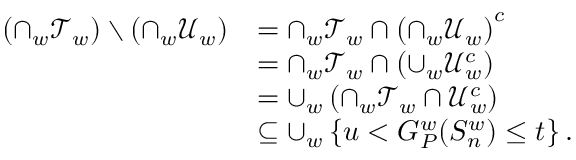
\begin{array} { r l } { \left( \cap _ { w } \mathcal { T } _ { w } \right) \setminus \left( \cap _ { w } \mathcal { U } _ { w } \right) } & { = \cap _ { w } \mathcal { T } _ { w } \cap \left( \cap _ { w } \mathcal { U } _ { w } \right) ^ { c } } \\ & { = \cap _ { w } \mathcal { T } _ { w } \cap \left( \cup _ { w } \mathcal { U } _ { w } ^ { c } \right) } \\ & { = \cup _ { w } \left( \cap _ { w } \mathcal { T } _ { w } \cap \mathcal { U } _ { w } ^ { c } \right) } \\ & { \subseteq \cup _ { w } \left\{ u < G _ { P } ^ { w } ( S _ { n } ^ { w } ) \leq t \right\} . } \end{array}